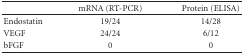
<table><thead><tr><td></td><td><b>mRNA (RT-PCR)</b></td><td><b>Protein (ELISA)</b></td></tr></thead><tbody><tr><td>Endostatin</td><td>19/24</td><td>14/28</td></tr><tr><td>VEGF</td><td>24/24</td><td>6/12</td></tr><tr><td>bFGF</td><td>0</td><td>0</td></tr></tbody></table>